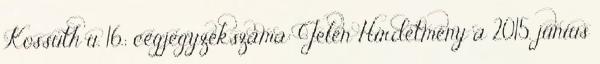
Kossuth u. 16.; cégjegyzékszáma: Jelen Hirdetmény a 2015. június